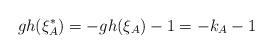
LaTeX: \begin{align*}gh(\xi_A^*) = - gh(\xi_A) - 1 = - k_A - 1\end{align*}